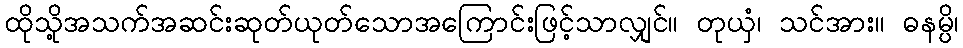
ထိုသို့အသက်အဆင်းဆုတ်ယုတ်သောအကြောင်းဖြင့်သာလျှင်။ တုယှံ၊ သင်အား။ ဓနမ္ပိ၊